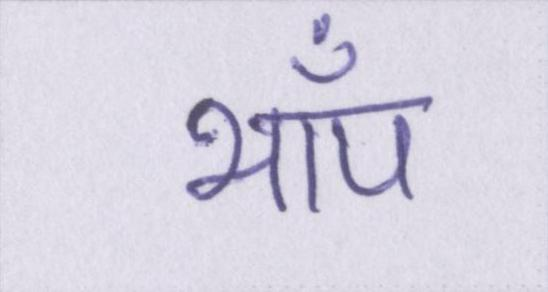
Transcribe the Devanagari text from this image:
भाँप